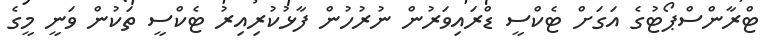
ޓްރާންސްޕޯޓުގެ އަގަށް ޓެކްސީ ޑްރައިވަރުން ނުރުހުން ފާޅުކުރިއިރު ޓެކްސީ ތަކުން ވަނީ މީގެ